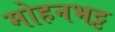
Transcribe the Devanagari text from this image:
मोहनभट्ट